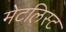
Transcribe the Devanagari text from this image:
मेटलिस्ट